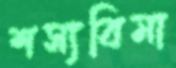
শস্যবিমা